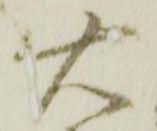
右